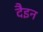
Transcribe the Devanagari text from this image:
दैइन